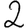
Digit: 2